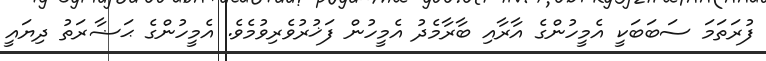
ފުރަތަމަ ސަބަބަކީ އެމީހުންގެ އާރާއި ބާރާމެދު އެމީހުން ފަޚުރުވެރިވުމެވެ. އެމީހުންގެ ޙަޟާރަތު ދިޔައީ